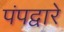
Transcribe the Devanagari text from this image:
पंपद्वारे